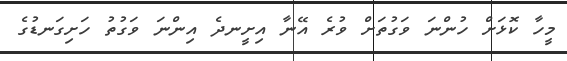
މީހާ ކޮޅަށް ހުންނަ ވަގުތަށް ވުރެ އޭނާ އިށީނދެ އިންނަ ވަގުތު ހަށިގަނޑުގެ